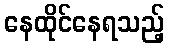
နေထိုင်နေရသည့်